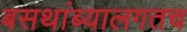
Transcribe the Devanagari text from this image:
बसथांब्यालगतच